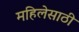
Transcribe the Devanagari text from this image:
महिलेसाठी